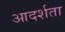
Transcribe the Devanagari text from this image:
आदर्शता